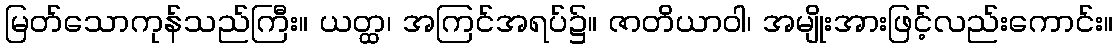
မြတ်သောကုန်သည်ကြီး။ ယတ္ထ၊ အကြင်အရပ်၌။ ဇာတိယာဝါ၊ အမျိုးအားဖြင့်လည်းကောင်း။